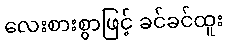
လေးစားစွာဖြင့် ခင်ခင်ထူး